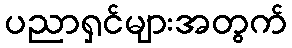
ပညာရှင်များအတွက်